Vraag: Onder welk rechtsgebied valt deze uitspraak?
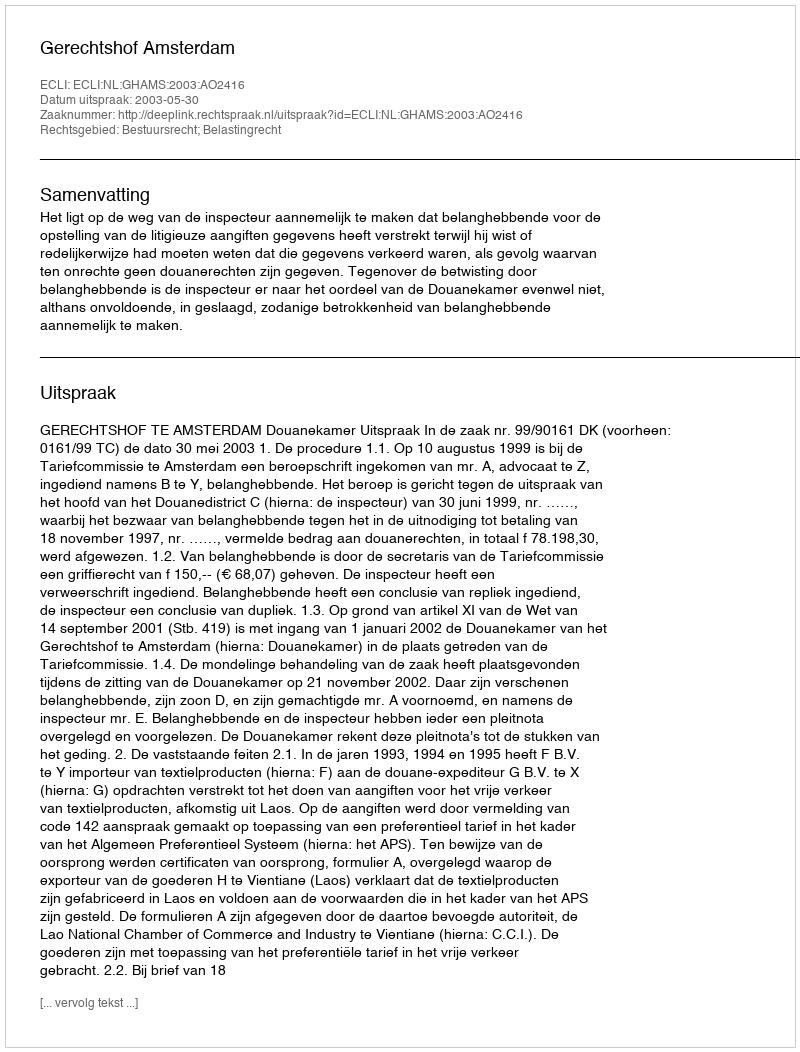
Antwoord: Bestuursrecht; Belastingrecht